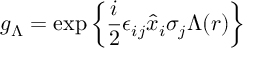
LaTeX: g _ { \Lambda } = \exp \left\{ \frac { i } { 2 } \epsilon _ { i j } \hat { x } _ { i } \sigma _ { j } \Lambda ( r ) \right\}